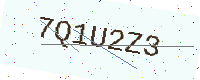
Text: 7Q1U2Z3